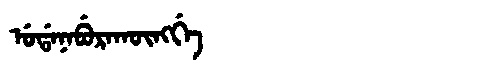
Manchu: ᡠᡩᠠᠨᠠᠪᡠᡵᠠᡴᡡᠩᡤᡝ
Romanization: UDANABURAKŪNGGE